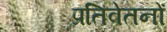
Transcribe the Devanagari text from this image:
प्रतिवेतनों